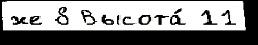
же 8 Высота́ 11